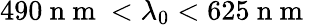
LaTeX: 490\mathrm{~n~m~}<\lambda_{0}<625\mathrm{~n~m~}